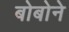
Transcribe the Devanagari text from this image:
बोबोने